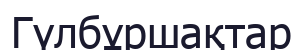
Гүлбұршақтар